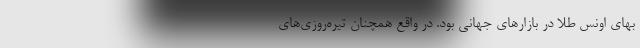
بهای اونس طلا در بازارهای جهانی بود. در واقع همچنان تیره‌روزی‌های